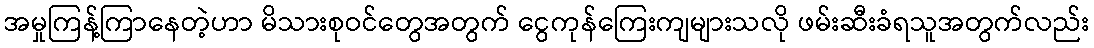
အမှုကြန့်ကြာနေတဲ့ဟာ မိသားစုဝင်တွေအတွက် ငွေကုန်ကြေးကျများသလို ဖမ်းဆီးခံရသူအတွက်လည်း